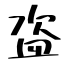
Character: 盗